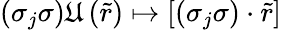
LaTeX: \left(\sigma_{j}\sigma\right)\mathfrak{U}\left(\tilde{r}\right)\mapsto\left[\left(\sigma_{j}\sigma\right)\cdot\tilde{r}\right]